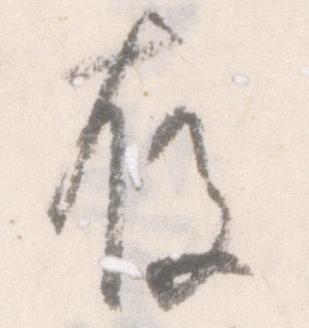
存